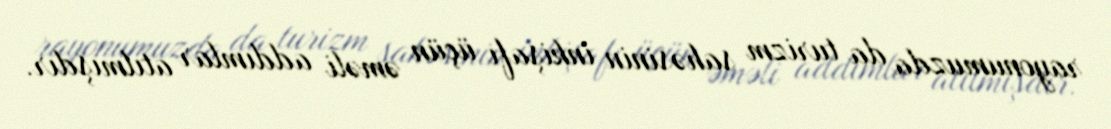
rayonumuzda da turizm sahəsinin inkişafı üçün əməli addımlar atılmışdır.